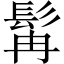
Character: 髯